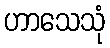
ဟာသေသုံ